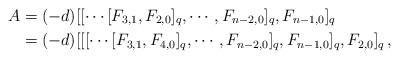
LaTeX: \begin{align*}A&=(-d)[[\cdots [F_{3,1},F_{2,0}]_{q},\cdots,F_{n-2,0}]_q,F_{n-1,0}]_{q} \\&=(-d)[[[\cdots [F_{3,1},F_{4,0}]_{q},\cdots,F_{n-2,0}]_q,F_{n-1,0}]_{q},F_{2,0}]_{q} \,,\end{align*}